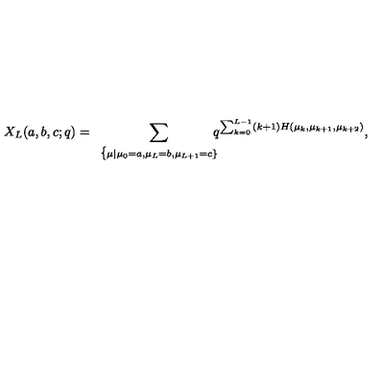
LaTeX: X _ { L } ( a , b , c ; q ) = \displaystyle \sum _ { \begin{array} { c } { \{ \scriptstyle \mu | { \mu _ { 0 } = a , \mu _ { L } = b , \mu _ { L + 1 } = c } \} } \\ \end{array} } \! \! \! \! \! \! q ^ { \sum _ { k = 0 } ^ { L - 1 } ( k + 1 ) H ( \mu _ { k } , \mu _ { k + 1 } , \mu _ { k + 2 } ) } ,